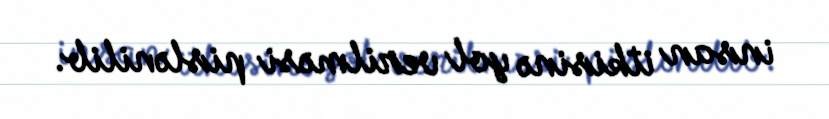
insan itkisinə yol verilməsi pislənilib.